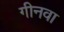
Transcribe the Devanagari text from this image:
गीनवा